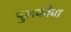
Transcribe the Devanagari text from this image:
पुलकोवा